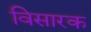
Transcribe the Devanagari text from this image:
विसारक